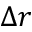
\Delta r